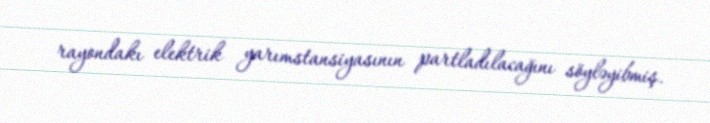
rayondakı elektrik yarımstansiyasının partladılacağını söyləyibmiş.